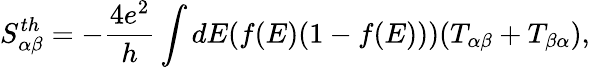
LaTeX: {S_{\alpha\beta}^{th}}=-\frac{4e^{2}}{h}\int dE(f(E)(1-f(E)))(T_{\alpha\beta}+T_{\beta\alpha}),